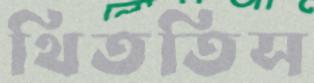
থিততিস